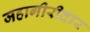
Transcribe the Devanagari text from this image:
जहागीरीदार